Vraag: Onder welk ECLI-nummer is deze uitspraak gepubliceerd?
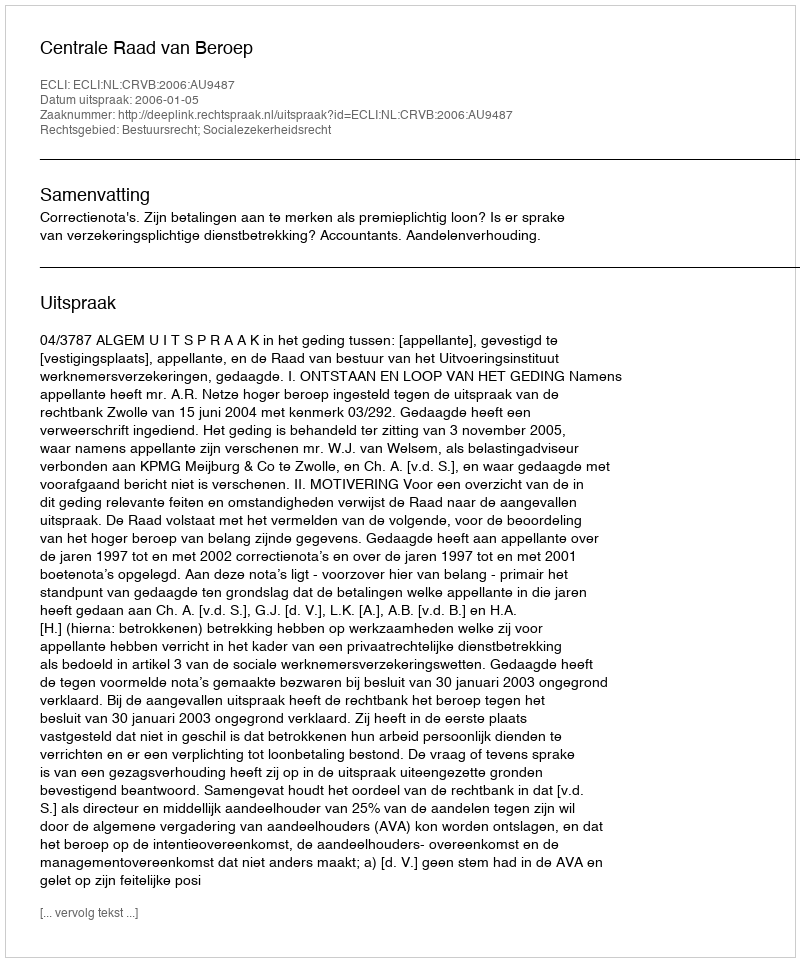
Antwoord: ECLI:NL:CRVB:2006:AU9487